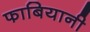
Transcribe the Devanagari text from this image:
फाबियानी